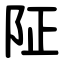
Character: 阷